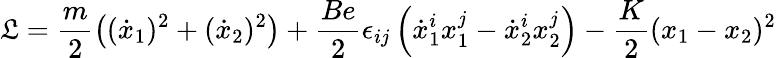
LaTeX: {\cal\mathfrak{L}}=\frac{{m}}{{2}}\left((\dot{{x}}_{1})^{2}+(\dot{{x}}_{2})^{2}\right)+\frac{{Be}}{{2}}\epsilon_{ij}\left(\dot{{x}}_{1}^{i}x_{1}^{j}-\dot{{x}}_{2}^{i}x_{2}^{j}\right)-\frac{{K}}{{2}}(x_{1}-x_{2})^{2}